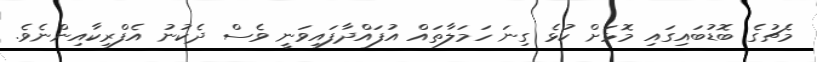
މެޗުގެ ބޮޑުބައިގައި މޮޅަށް ކުޅެ ގިނަ ހަމަލާތައް އުފައްދާފައިވަނީ ވެސް ދެކުނު އެފްރިކާއިންނެވެ.